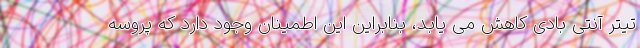
تیتر آنتی بادی کاهش می یابد، بنابراین این اطمینان وجود دارد که پروسه